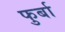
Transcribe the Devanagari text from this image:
फुर्बा